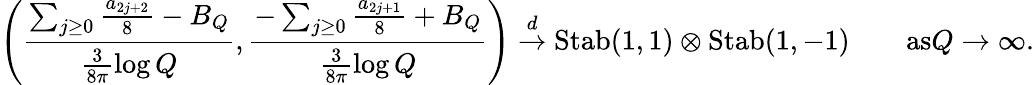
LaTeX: \left(\frac{\sum_{j\ge 0}\frac{a_{2j+2}}{8}-B_{Q}}{\frac{3}{8\pi}\log Q},\frac{-\sum_{j\ge 0}\frac{a_{2j+1}}{8}+B_{Q}}{\frac{3}{8\pi}\log Q}\right)\overset{d}{\to}\mathrm{Stab}(1,1)\otimes\mathrm{Stab}(1,-1)\qquad\textrm{as}Q\to\infty.